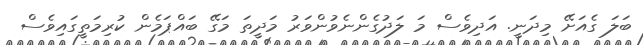
ބަލަ ގެއަށޭ މިދަނީ. އަދިވެސް މަ ލަދުގެންނެވުންވަރު މަދީތަ މަގޭ ބައްޕަމެން ކުރިމަތީގައިވެސް